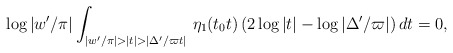
\begin{align*}\log|w'/\pi|\int_{|w'/\pi|>|t|>|\Delta'/\varpi t|} \,\eta_1(t_0 t)\,(2\log|t|-\log|\Delta'/\varpi|)\,dt=0,\end{align*}